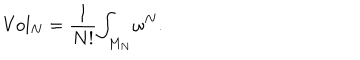
LaTeX: \mathrm { { V o l } } _ { N } = \frac { 1 } { N ! } { \int } _ { M _ { N } } \omega ^ { N } .